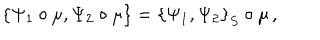
\left\{ \Psi _ { 1 } \circ \mu , \Psi _ { 2 } \circ \mu \right\} = \left\{ \Psi _ { 1 } , \Psi _ { 2 } \right\} _ { S } \circ \mu \, ,